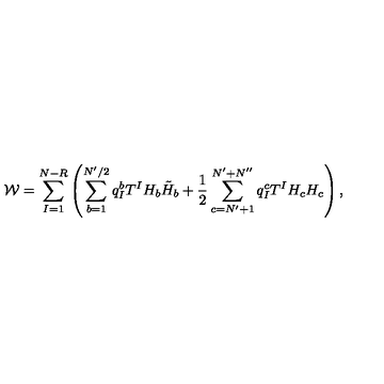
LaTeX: { \cal W } = \sum _ { I = 1 } ^ { N - R } \left( \sum _ { b = 1 } ^ { N ^ { \prime } / 2 } q _ { I } ^ { b } T ^ { I } H _ { b } \tilde { H } _ { b } + \frac { 1 } { 2 } \sum _ { c = N ^ { \prime } + 1 } ^ { N ^ { \prime } + N ^ { \prime \prime } } q _ { I } ^ { c } T ^ { I } H _ { c } H _ { c } \right) ,